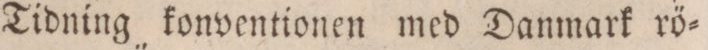
Tidning konventionen med Danmark rö=